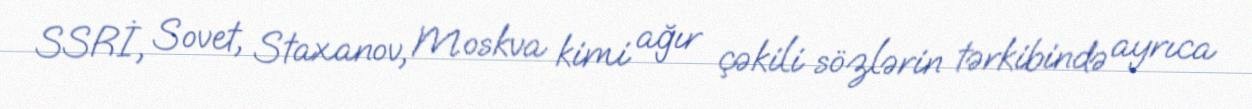
SSRİ, Sovet, Staxanov, Moskva kimi ağır çəkili sözlərin tərkibində ayrıca